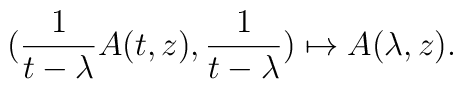
(\frac{1}{t-\lambda}A(t,z),  \frac{1}{t-\lambda})\mapsto A(\lambda,z).